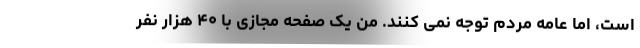
است، اما عامه مردم توجه نمی کنند. من یک صفحه‌ مجازی با ۴۰ هزار نفر